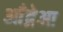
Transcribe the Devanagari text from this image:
आँद्रेआ